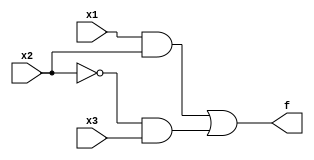
module b_comp1(x1,x2,x3,f);

	input x1,x2,x3;
	output f;
	assign f= (x1& x2) | (~x2 & x3);

endmodule